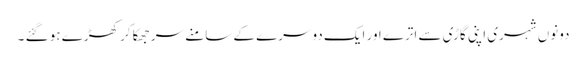
دونوں شہری اپنی گاڑی سے اترے اور ایک دوسرے کے سامنے سر جھکا کر کھڑے ہو گئے ۔